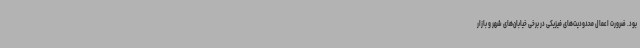
بود. ضرورت اعمال محدودیت‌های فیزیکی در برخی خیابان‌های شهر و بازار